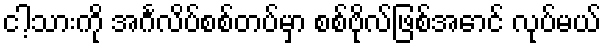
ငါ့သားကို အင်္ဂလိပ်စစ်တပ်မှာ စစ်ဗိုလ်ဖြစ်အောင် လုပ်မယ်